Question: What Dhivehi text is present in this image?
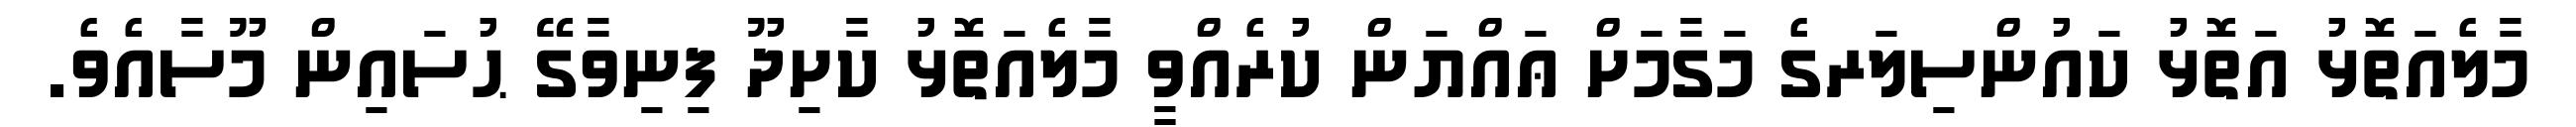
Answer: މާލެއަތޮޅު އަތޮޅު ކައުންސިލަރގެ މަގާމަށް ޢައްޔަން ކުރެއްވީ މާލެއަތޮޅު ކާށިދޫ ފިނިވާގޭ ޙުސައިން މޫސާއެވެ.